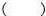
( )